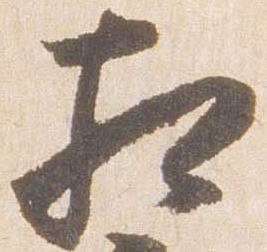
相